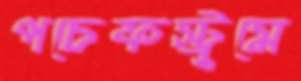
পচেফস্ট্রুমে